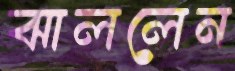
ঝাললেন